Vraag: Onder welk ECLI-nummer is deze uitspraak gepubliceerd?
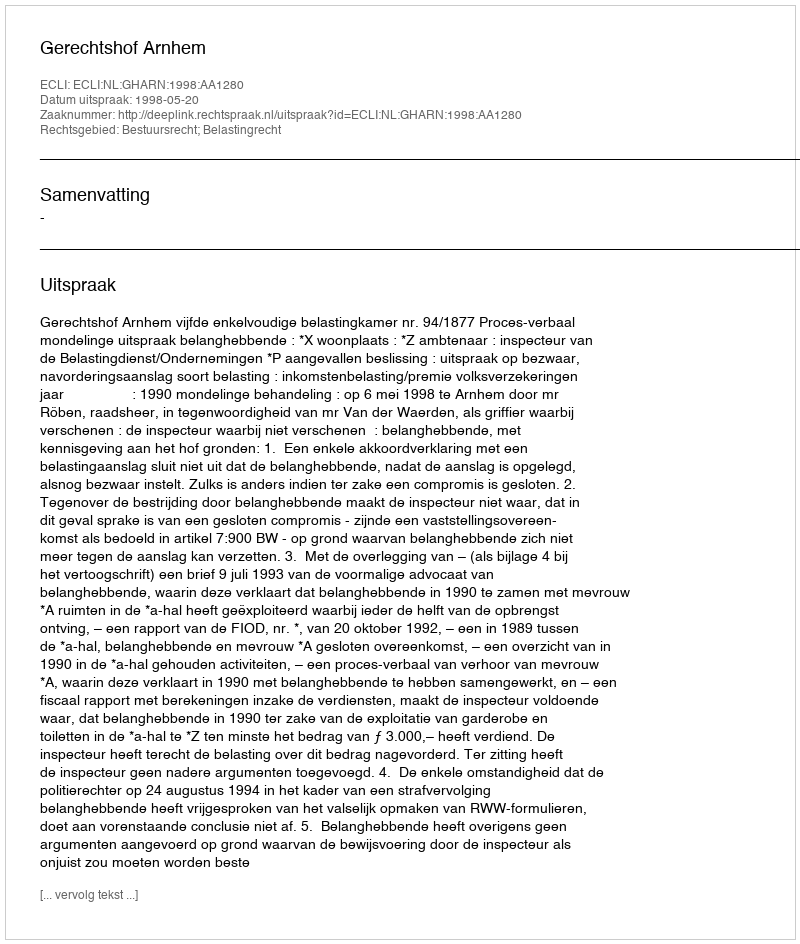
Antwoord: ECLI:NL:GHARN:1998:AA1280